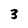
Character: 3